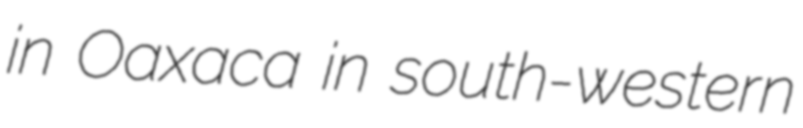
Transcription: in Oaxaca in south-western